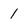
Character: 1